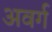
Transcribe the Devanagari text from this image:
अवर्ग